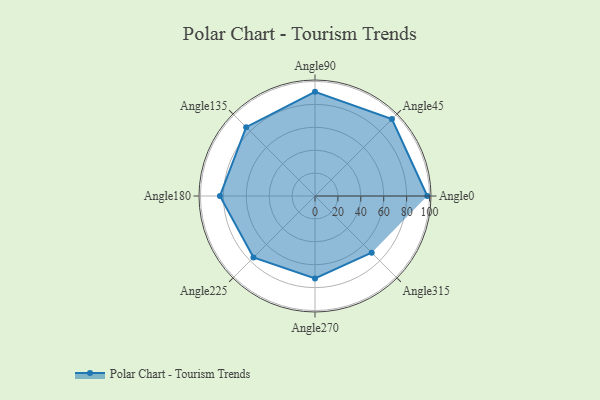
{"axis": {"x": "Angle", "y": "Radius"}, "legend": [""], "data": [{"x": "Angle0", "y": 98.0, "type": ""}, {"x": "Angle45", "y": 95.0, "type": ""}, {"x": "Angle90", "y": 91.0, "type": ""}, {"x": "Angle135", "y": 85.0, "type": ""}, {"x": "Angle180", "y": 83.0, "type": ""}, {"x": "Angle225", "y": 76.0, "type": ""}, {"x": "Angle270", "y": 72.0, "type": ""}, {"x": "Angle315", "y": 70.0, "type": ""}]}